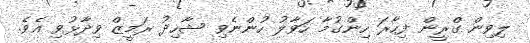
ލިވިން ގްރީން ފިހާރަ ހިންގުމާ ހަވާލު ހުންނެވި ޝާހިދު ރަމީޒް ވިދާޅުވި އެވެ.